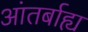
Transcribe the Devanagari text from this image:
आंतर्बाह्य